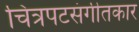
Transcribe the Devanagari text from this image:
चित्रपटसंगीतकार